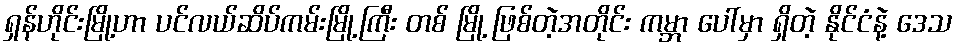
ရှန်ဟိုင်းမြို့ဟာ ပင်လယ်ဆိပ်ကမ်းမြို့ကြီး တစ် မြို့ ဖြစ်တဲ့အတိုင်း ကမ္ဘာ ပေါ်မှာ ရှိတဲ့ နိုင်ငံနဲ့ ဒေသ